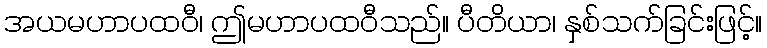
အယမဟာပထဝီ၊ ဤမဟာပထဝီသည်။ ပီတိယာ၊ နှစ်သက်ခြင်းဖြင့်။